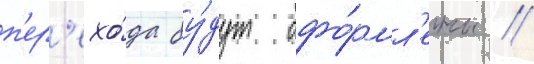
п'ер'ехо́да бу́дут офо́рмл'ены //